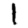
Digit: 1